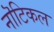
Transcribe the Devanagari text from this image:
नॊटिकल